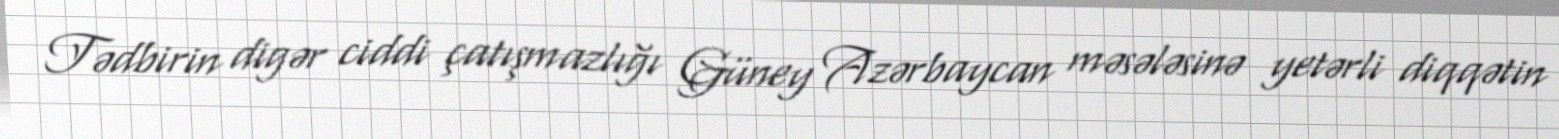
Tədbirin digər ciddi çatışmazlığı Güney Azərbaycan məsələsinə yetərli diqqətin